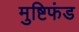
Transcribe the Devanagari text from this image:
मुष्टिफंड